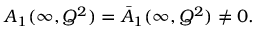
A _ { 1 } ( \infty , Q ^ { 2 } ) = \bar { A } _ { 1 } ( \infty , Q ^ { 2 } ) \neq 0 .